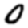
Digit: 0